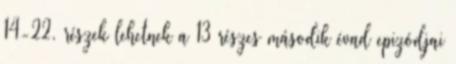
14-22. részek lehetnek a 13 részes második évad epizódjai